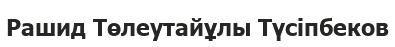
Рашид Төлеутайұлы Түсіпбеков